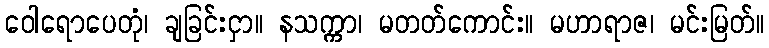
ဝေါရောပေတုံ၊ ချခြင်းငှာ။ နသက္ကာ၊ မတတ်ကောင်း။ မဟာရာဇ၊ မင်းမြတ်။